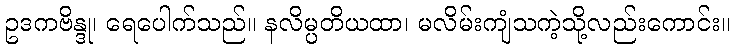
ဥဒကဗိန္ဒု၊ ရေပေါက်သည်။ နလိမ္ပတိယထာ၊ မလိမ်းကျံသကဲ့သို့လည်းကောင်း။